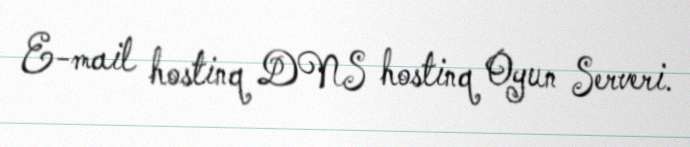
E-mail hostinq DNS hostinq Oyun Serveri.